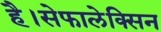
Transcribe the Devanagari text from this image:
है।सेफालेक्सिन